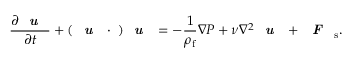
\frac { \partial { \textbf { \textit { u } } } } { \partial t } + ( \textbf { \textit { u } } \cdot \mathbf { \nabla } ) \textbf { \textit { u } } = - \frac { 1 } { \rho _ { \mathrm { f } } } { \nabla } P + \nu \nabla ^ { 2 } { \textbf { \textit { u } } } + \textbf { \textit { F } } _ { \mathrm { s } } .